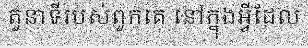
តួនាទីរបស់ពួកគេ នៅក្នុងអ្វីដែល